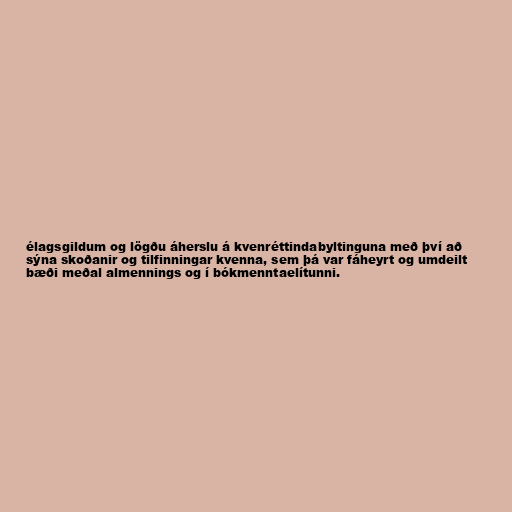
élagsgildum og lögðu áherslu á kvenréttindabyltinguna með því að
sýna skoðanir og tilfinningar kvenna, sem þá var fáheyrt og umdeilt
bæði meðal almennings og í bókmenntaelítunni.